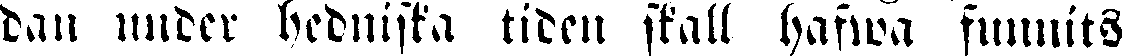
dan under bednista tiden skall hafwa funnits